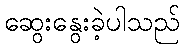
ဆွေးနွေးခဲ့ပါသည်